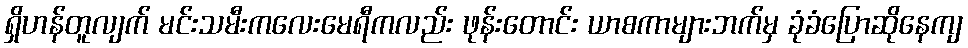
ရှိဟန်တူလျက် မင်းသမီးကလေးမေရီကလည်း ဖုန်းတောင်း ယာစကာများဘက်မှ ခုံခံပြောဆိုနေကျ